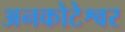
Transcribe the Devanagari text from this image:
अनकोटेश्वर